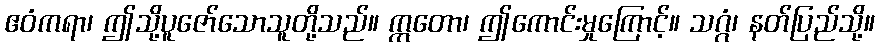
ဧဝံကရာ၊ ဤသို့ပူဇော်သောသူတို့သည်။ ဣတော၊ ဤကောင်းမှုကြောင့်။ သဂ္ဂံ၊ နတ်ပြည်သို့။